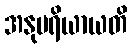
အနုပရိယာယတိ